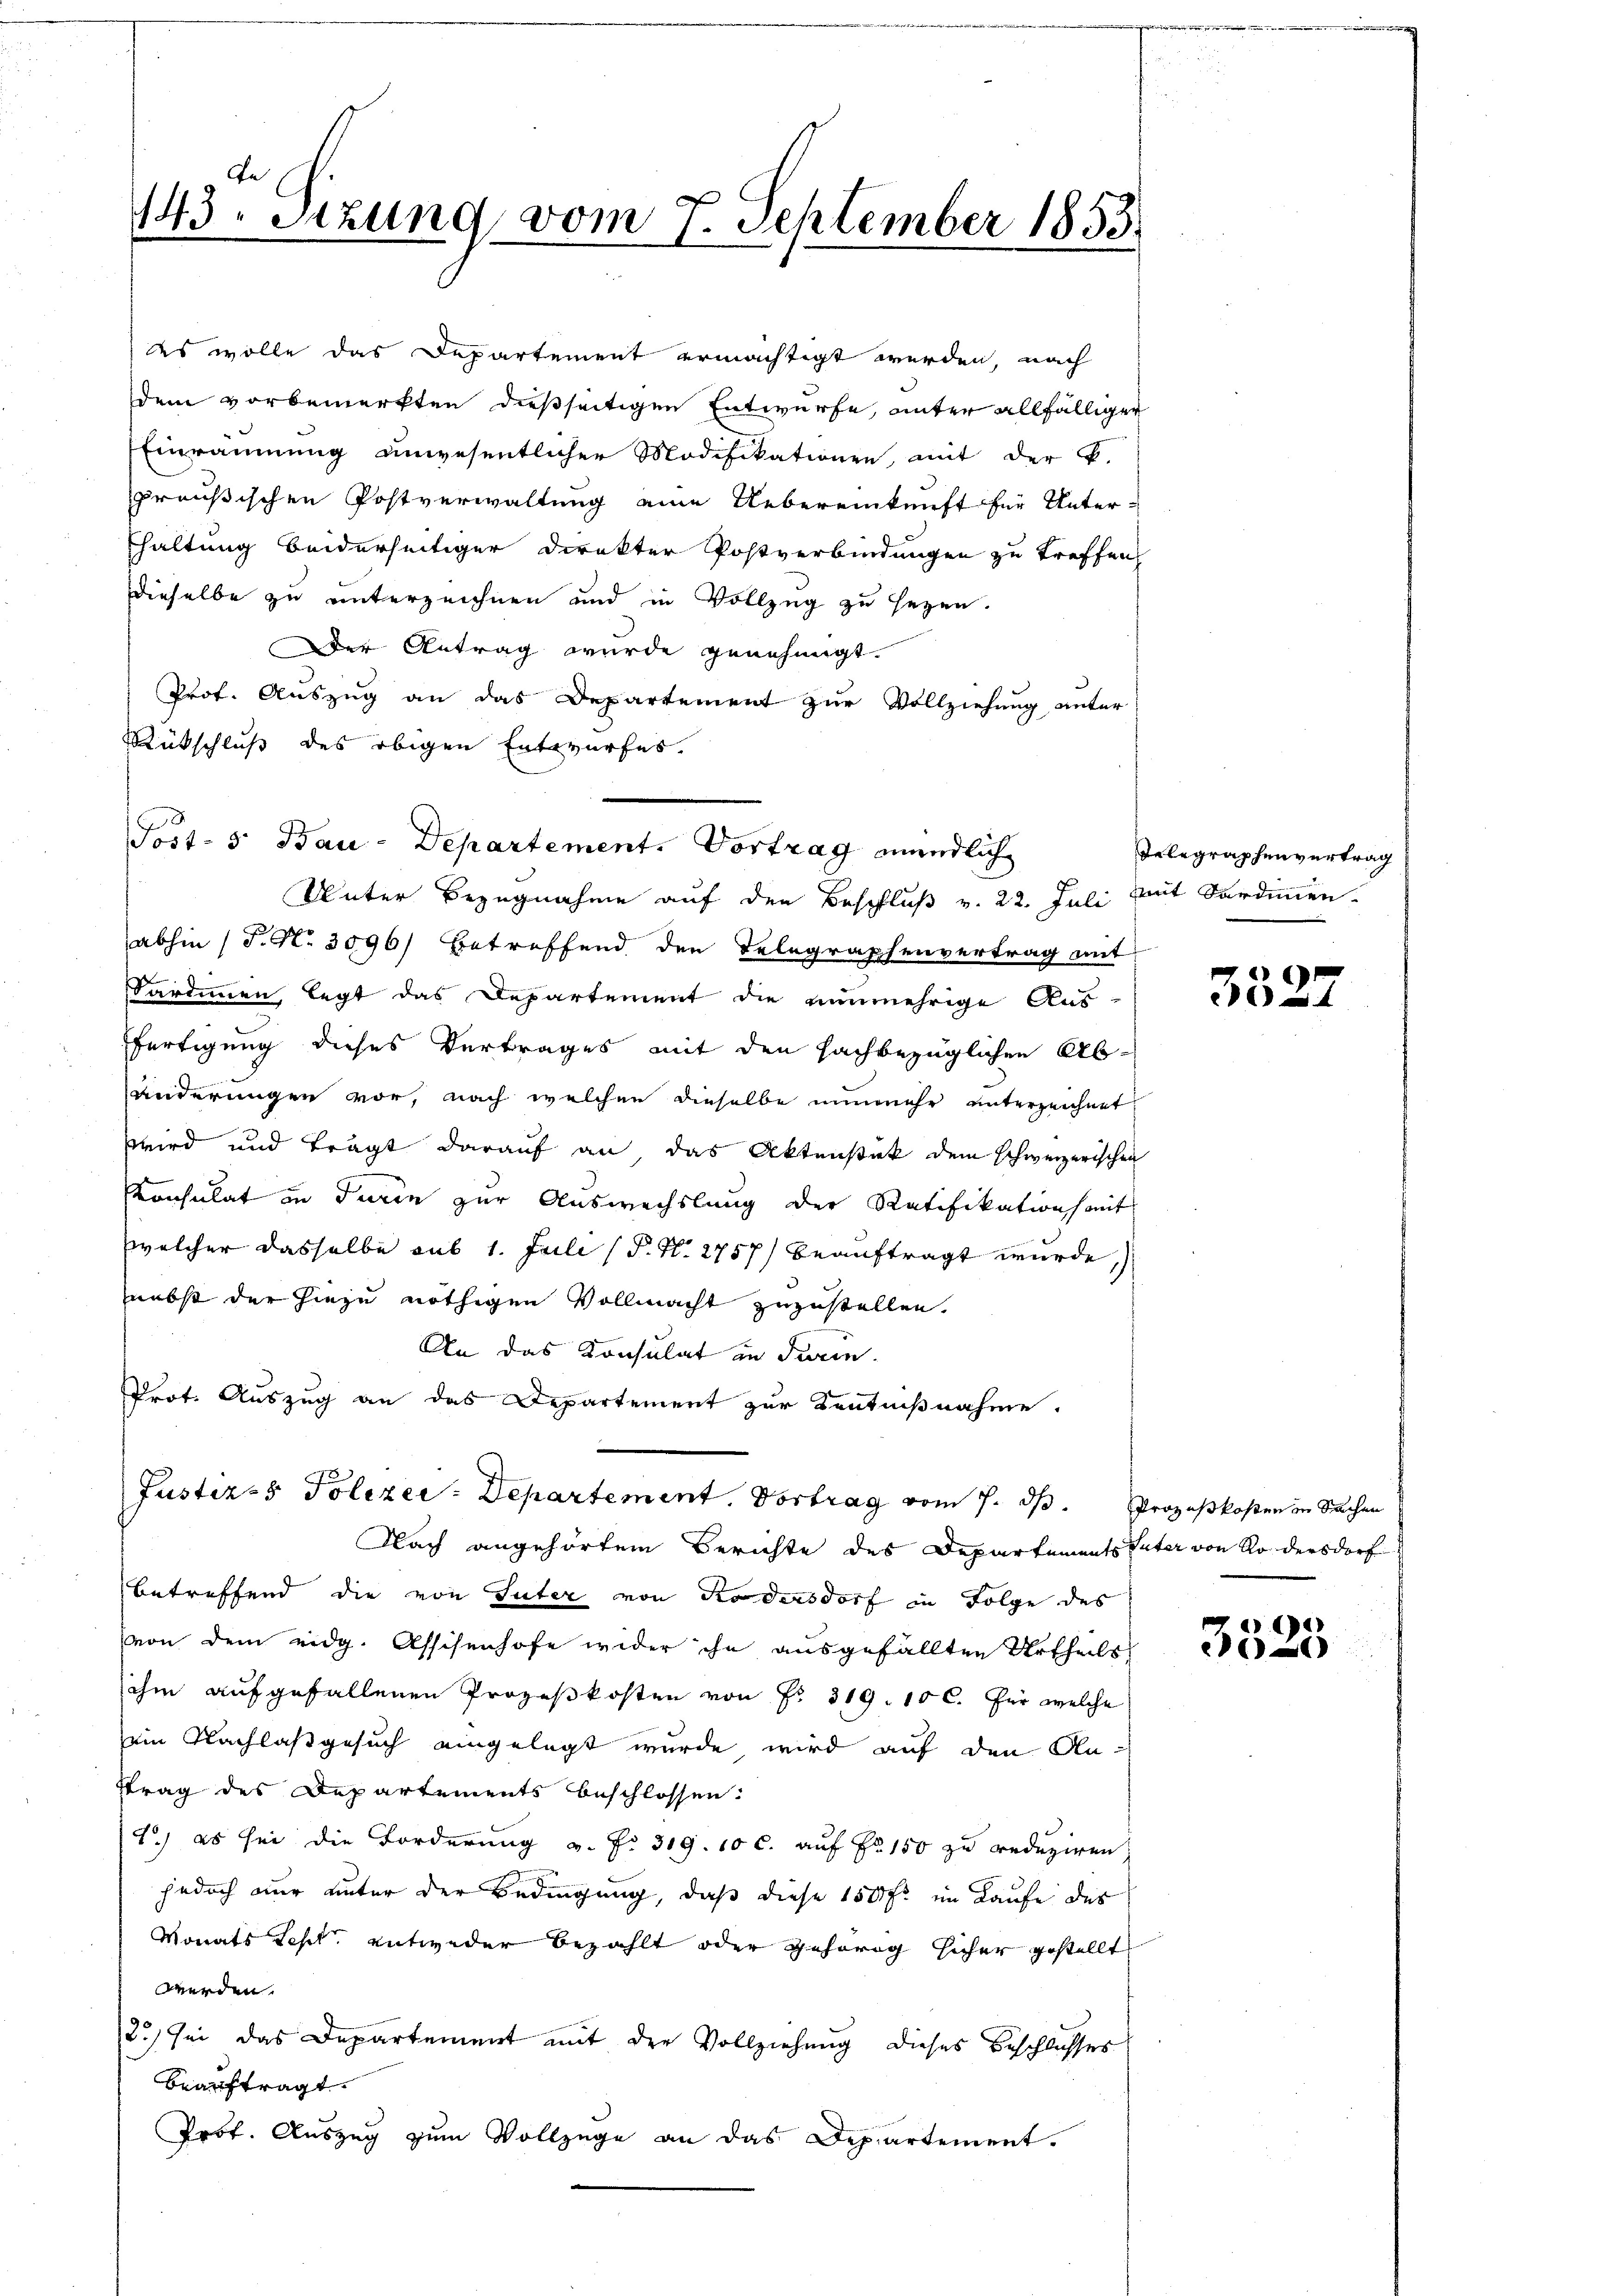
143. Sizung vom 7. September 1853.

es wolle das Departement ermächtigt werden, nach
dem vorbemerkten dießseitigen Entwurfe, unter allfälliger
Einräumung unwesentlicher Modifikationen, mit der k.
preußischen Postverwaltung eine Uebereinkunft für Unter-
fhaltung beiderseitiger Direkter Postverbindungen zu treffen
dieselbe zu unterzeichnen und in Vollzug zu sagen.
Der Antrag wurde genehmigt.
Prof. Auszug an das Departement zur Vollziehung unter
Rückschluß des obigen Entwurfes.
abhin (T. N. 3096) betreffend den Telegraphenvertrag mit
Sardinnen, legt das Departement die nunmehrige Aus
fertigung dieses Vertrages mit den sachbezüglichen Abänderungen vor, nach welchen dieselbe nunmehr unterzeichnet,
wwird und trägt darauf an, das Aktenstück dem schweizerischen
Konsulat in Turin zur Auswechslung der Ratifikation mit
welcher dasselbe sub 1. Juli (P. N. 2757) beauftragt wurde,
nebst der hiezu nöthigen Vollmacht zuzustellen.
An das Konsulat in Turin.
Prot. Auszug an das Departement zur Kentnißnahme.
Jüsteres Polizei-Departement. Vortrag vom 7. dh. Prozeßkosten in Sachen
Nach angehörtem Berichte des Departements Vater von Ro dersdorf
betreffend die von Suter von do dersdorf in Folge des
von dem eidg. Assisenhofe wider ihn ausgefällten Urtheils
ihm aufgefallenen Prozeßkosten von Fr. 319. 10 c. für welche
ein Nachlaß gesuch eingelegt wurde wird auf den An-
ftrag des Departements beschlossen:
1.) es sei die Forderung v. P. 319. 10 c. auf Fr. 150 zu reduziren
jedoch nur unter der Bedingung, daß diese 150 fr. im Laufe des
Monats Seht, entweder bezahlt oder gehörig sicher gestellt
werden.
2) sei das Departement mit der Vollziehung dieses Beschlusses
beauftragt.
Prof. Auszug zum Vollzüge an das Departement.

Post- 5. Bau-Departement. Vortrag mündlich
Unter Bezugnahme auf den Beschluß v. 22. Juli mit Sardinien

Telegraphenvertrag

3527

3525